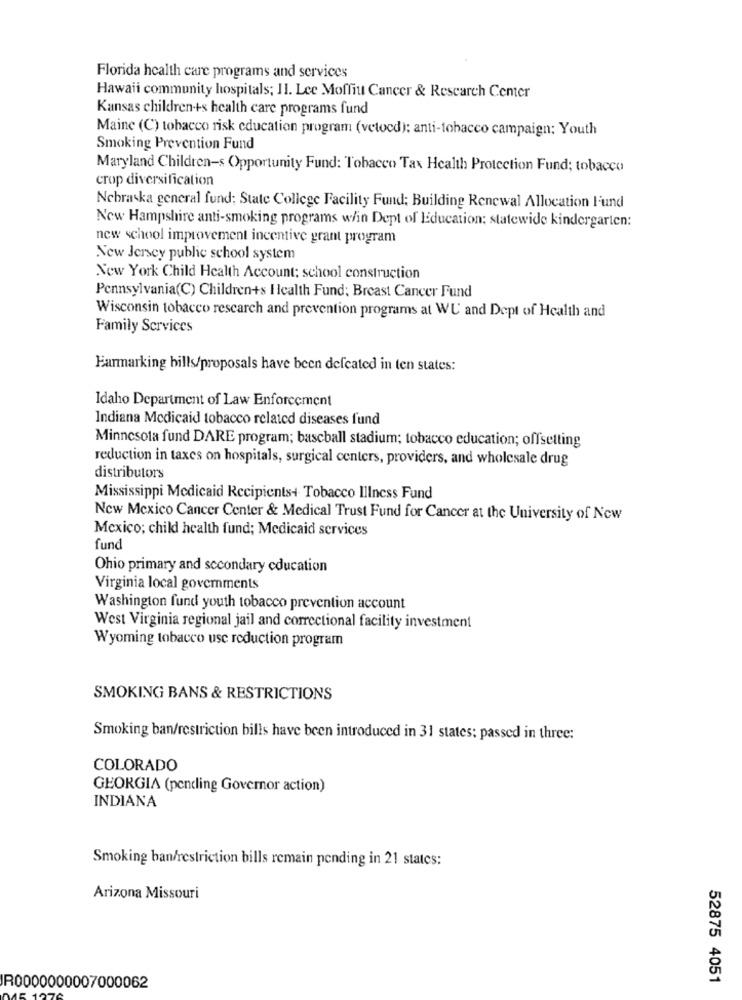
Florida health care programs and services
Hawaii community hospitals; Il. Lee Moffitt Cancer & Research Center
Kansas children-+s health care programs fund
Maine (C) tobacco risk education program (vetocd): anti-tobacco campaign; Youth
Smoking Prevention Fund
Maryland Children-s Opportunity Fund: Tobacco Tax Health Protection Fund; tobacco
crop diversification
Nebraska general fund: State College Facility Fund; Building Renewal Allocation Fund
New Hampshire anti-smoking programs w/in Dept of Education: statewide kindergarten:
new school improvement incentive grant program
New Jersey public school system
New York Child Health Account: school construction
Pennsylvania(C) Children+s Health Fund; Breast Cancer Fund
Wisconsin tobacco rescarch and prevention programs at WU and Dept of Health and
Family Services
Farmarking bills/proposals have been defeated in ten states:
Idaho Department of Law Enforcement
Indiana Medicaid tobacco related diseases fund
Minnesota fund DARE program; baseball stadium; tobacco education; offsetting
reduction in taxes on hospitals, surgical centers, providers, and wholesale drug
distributors
Mississippi Medicaid Recipients+ Tobacco Illness Fund
New Mexico Cancer Center & Medical Trust Fund for Cancer at the University of New
Mexico; child health fund; Medicaid services
fund
Ohio primary and secondary education
Virginia local governments
Washington fund youth tobacco prevention account
West Virginia regional jail and correctional facility investment
Wyoming tobacco usc reduction program
SMOKING BANS & RESTRICTIONS
Smoking ban/restriction bills have been introduced in 31 states: passed in three:
COLORADO
GEORGIA (pending Governor action)
INDIANA
Smoking ban/restriction bills remain pending in 21 states:
Arizona Missouri
52875 4051
IR0000000007000062